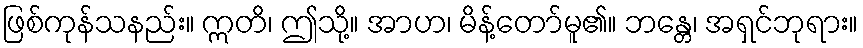
ဖြစ်ကုန်သနည်း။ ဣတိ၊ ဤသို့။ အာဟ၊ မိန့်တော်မူ၏။ ဘန္တေ၊ အရှင်ဘုရား။